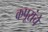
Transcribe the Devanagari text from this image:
कपूरांचे